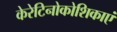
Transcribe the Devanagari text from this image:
केरेटिनोकोशिकाएं